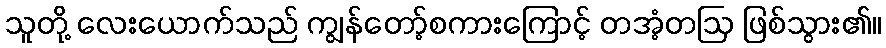
သူတို့ လေးယောက်သည် ကျွန်တော့်စကားကြောင့် တအံ့တဩ ဖြစ်သွား၏။